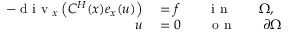
\begin{array} { r l } { - \mathrm { ~ d ~ i ~ v ~ } _ { x } \left( C ^ { H } ( x ) e _ { x } ( u ) \right) } & { { } = f \qquad \mathrm { ~ i ~ n ~ } \qquad \Omega , } \\ { u } & { { } = 0 \qquad \mathrm { ~ o ~ n ~ } \qquad \partial \Omega } \end{array}